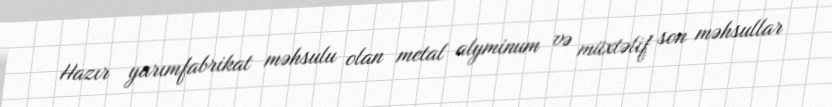
Hazır yarımfabrikat məhsulu olan metal alyminum və müxtəlif son məhsullar